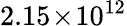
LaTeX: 2.15\! \times\! 10^{12}